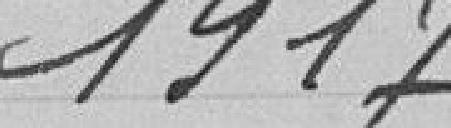
1917